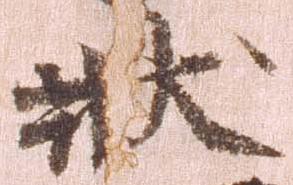
状